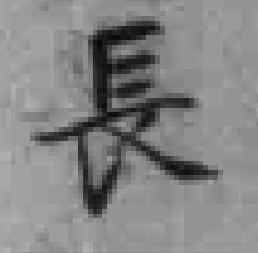
長